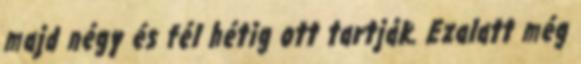
majd négy és fél hétig ott tartják. Ezalatt még